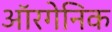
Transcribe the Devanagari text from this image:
ऑरगेनिक